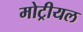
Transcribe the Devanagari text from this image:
मोट्रीयल